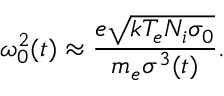
\omega _ { 0 } ^ { 2 } ( t ) \approx \frac { e \sqrt { k T _ { e } N _ { i } \sigma _ { 0 } } } { m _ { e } \sigma ^ { 3 } ( t ) } .